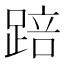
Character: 踣